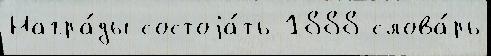
Награ́ды состоjа́ть 1888 слова́рь